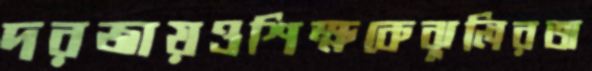
দরজায়ওশিক্ষকেঝুলিরঅ